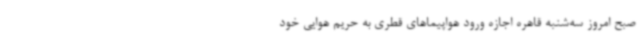
صبح امروز سه‌شنبه قاهره اجازه ورود هواپیماهای قطری به حریم هوایی خود